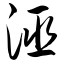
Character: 诬